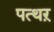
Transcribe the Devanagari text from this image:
पत्थऱ